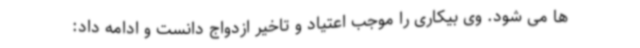
ها می شود. وی بیکاری را موجب اعتیاد و تاخیر ازدواج دانست و ادامه داد: